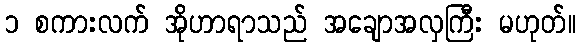
၁ စကားလက် အိုဟာရာသည် အချောအလှကြီး မဟုတ်။